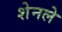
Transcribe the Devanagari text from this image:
शेनले